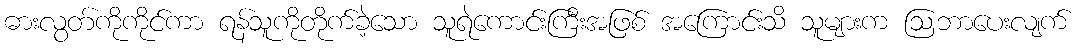
ဓားလွတ်ကိုကိုင်ကာ ရန်သူကိုတိုက်ခဲ့သော သူရဲကောင်းကြီးအဖြစ် အကြောင်းသိ သူများက ဩဘာပေးလျက်